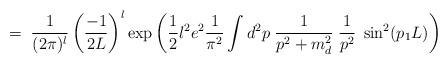
LaTeX: \begin{align*}= \;\frac{1}{(2\pi)^l} \left( \frac{-1}{2L} \right)^l\exp \left( \frac{1}{2} l^2 e^2 \frac{1}{\pi^2} \int d^2 p \;\frac{1}{p^2 + m_d^2} \; \frac{1}{p^2} \; \sin^2(p_1 L) \right)\end{align*}